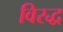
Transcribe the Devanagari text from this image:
विरद्ध